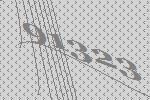
91323